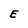
Character: E